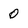
Character: 0